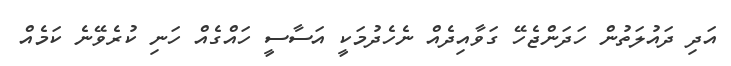
އަދި ދައުލަތުން ހަދަންޖެހޭ ގަވާއިދެއް ނެހެދުމަކީ އަސާސީ ހައްގެއް ހަނި ކުރެވޭނެ ކަމެއް